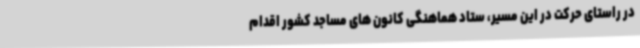
در راستای حرکت در این مسیر، ستاد هماهنگی کانون های مساجد کشور اقدام